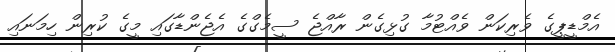
އެމްޑީޕީގެ ވެރިކަން ވެއްޓުމާ ގުޅިގެން ރާއްޖެ ސީމެގްގެ އެޖެންޑާގައި މީގެ ކުރިން ހިމަނައި